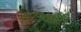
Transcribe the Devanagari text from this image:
सुलगाते